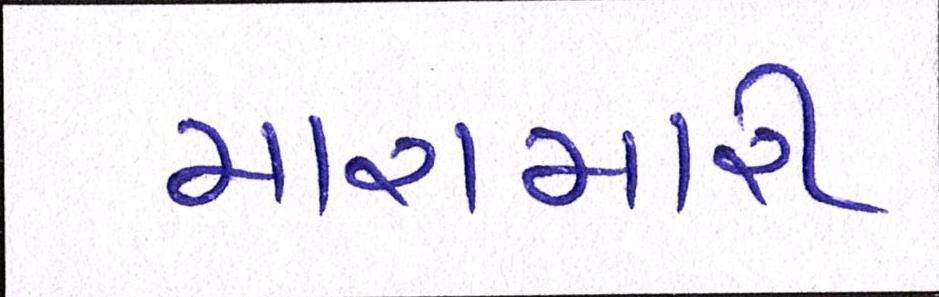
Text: મારામારી